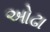
ઓઢા